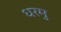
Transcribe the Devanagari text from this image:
धरमु